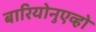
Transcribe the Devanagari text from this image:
बारियोनुएव्हो